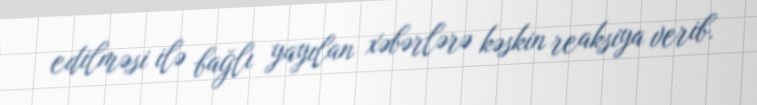
edilməsi ilə bağlı yayılan xəbərlərə kəskin reaksiya verib.